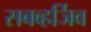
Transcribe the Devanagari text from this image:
सबव्हर्जिव